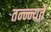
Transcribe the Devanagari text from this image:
तन्न्न्यते